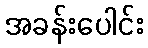
အခန်းပေါင်း